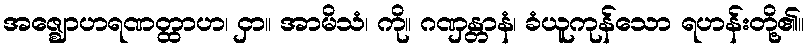
အဇ္ဈောဟရဏတ္ထာဟ၊ ငှာ။ အာမိသံ၊ ကို။ ဂဏှန္တာနံ၊ ခံယူကုန်သော ရဟန်းတို့၏။